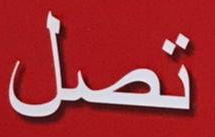
تصل